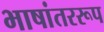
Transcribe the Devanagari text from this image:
भाषांतररूप